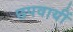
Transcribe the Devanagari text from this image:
छपवायीं